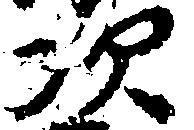
次